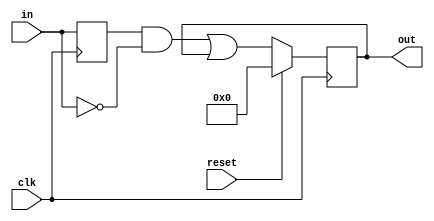
module top_module (
    input clk,
    input reset,
    input [31:0] in,
    output [31:0] out
);
    
    reg [31:0] last = 0;
    
    always@(posedge clk) begin 
    	last <= in;
        if(reset == 1)
            out <= 0;
        else
            out <= (last & ~in) | out;
    end
endmodule